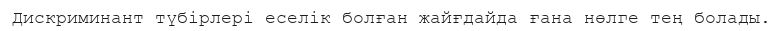
Дискриминант түбірлері еселік болған жайғдайда ғана нөлге тең болады.